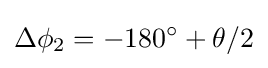
\Delta \phi _{2}=-180^{\circ }+\theta /2